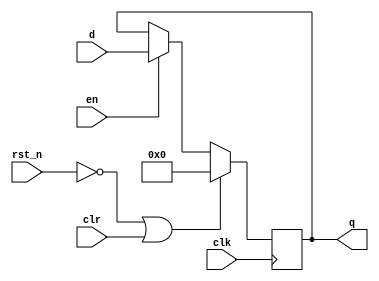
// This program was cloned from: https://github.com/weenslab/fpga101
// License: MIT License

`timescale 1ns / 1ps

module register
    #( 
        parameter WIDTH = 16
    )
    (
        input wire                    clk,
        input wire                    rst_n,
        input wire                    en,
        input wire                    clr,
        input wire signed [WIDTH-1:0] d,
        output reg signed [WIDTH-1:0] q
    );
    
    always @(posedge clk)
    begin
        if (!rst_n || clr)
        begin
            q <= 0;
        end
        else if (en)
        begin
            q <= d;
        end
    end
    
endmodule